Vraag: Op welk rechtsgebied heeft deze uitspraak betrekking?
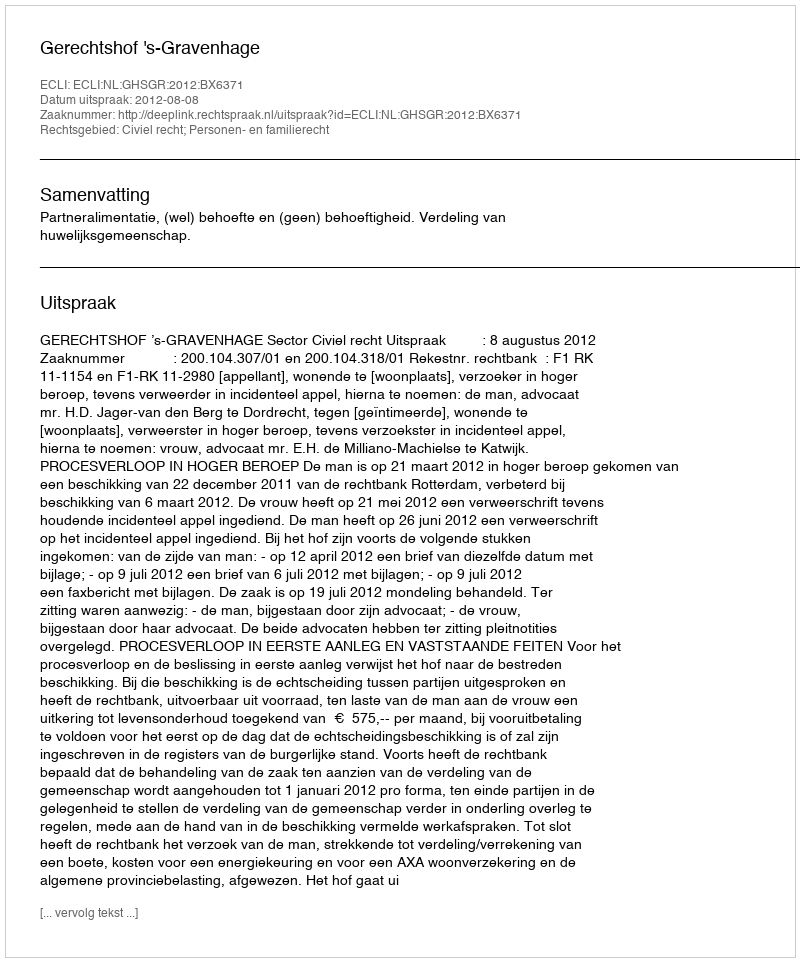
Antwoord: Civiel recht; Personen- en familierecht